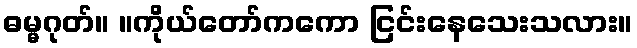
ဓမ္မဂုတ်။ ။ကိုယ်တော်ကကော ငြင်းနေသေးသလား။